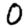
Digit: 0